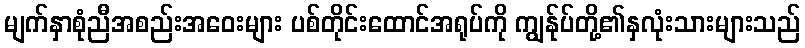
မျက်နှာစုံညီအစည်းအဝေးများ ပစ်တိုင်းထောင်အရုပ်ကို ကျွန်ုပ်တို့၏နှလုံးသားများသည်